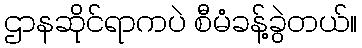
ဌာနဆိုင်ရာကပဲ စီမံခန့်ခွဲတယ်။